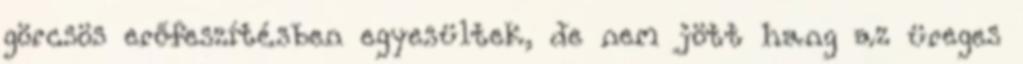
görcsös erőfeszítésben egyesültek, de nem jött hang az üreges